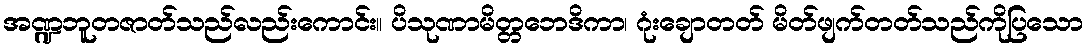
အဏ္ဍဘူတဇာတ်သည်လည်းကောင်း။ ပိသုဏာမိတ္တဘေဒိကာ၊ ဂုံးချောတတ် မိတ်ဖျက်တတ်သည်ကိုပြသော